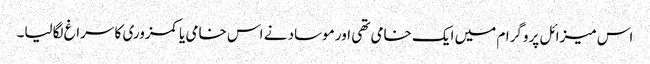
اس میزائل پروگرام میں ایک خامی تھی اور موساد نے اس خامی یا کمزوری کا سراغ لگالیا۔